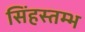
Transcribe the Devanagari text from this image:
सिंहस्तम्भ